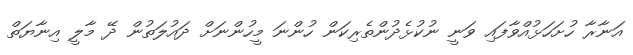
އަނާރާ ހުށަހަޅުއްވާފައި ވަނީ ނުކުޅެދުންތެރިކަން ހުންނަ މީހުންނަށް ދައުލަތުން ދޭ މާލީ އިނާޔަތް